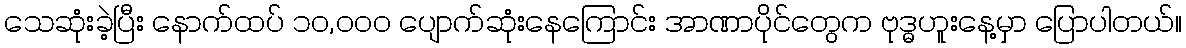
သေဆုံးခဲ့ပြီး နောက်ထပ် ၁၀,၀၀၀ ပျောက်ဆုံးနေကြောင်း အာဏာပိုင်တွေက ဗုဒ္ဓဟူးနေ့မှာ ပြောပါတယ်။